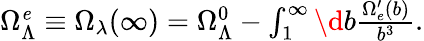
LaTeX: \begin{array}{r}{\Omega_{\Lambda}^{\mathit e}\equiv\Omega_{\lambda}(\infty)=\Omega_{\Lambda}^{0}-\int_{1}^{\infty}\d b\frac{\Omega_{e}^{\prime}(b)}{b^{3}}.}\end{array}